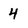
Character: 4